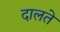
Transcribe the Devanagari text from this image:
दालते